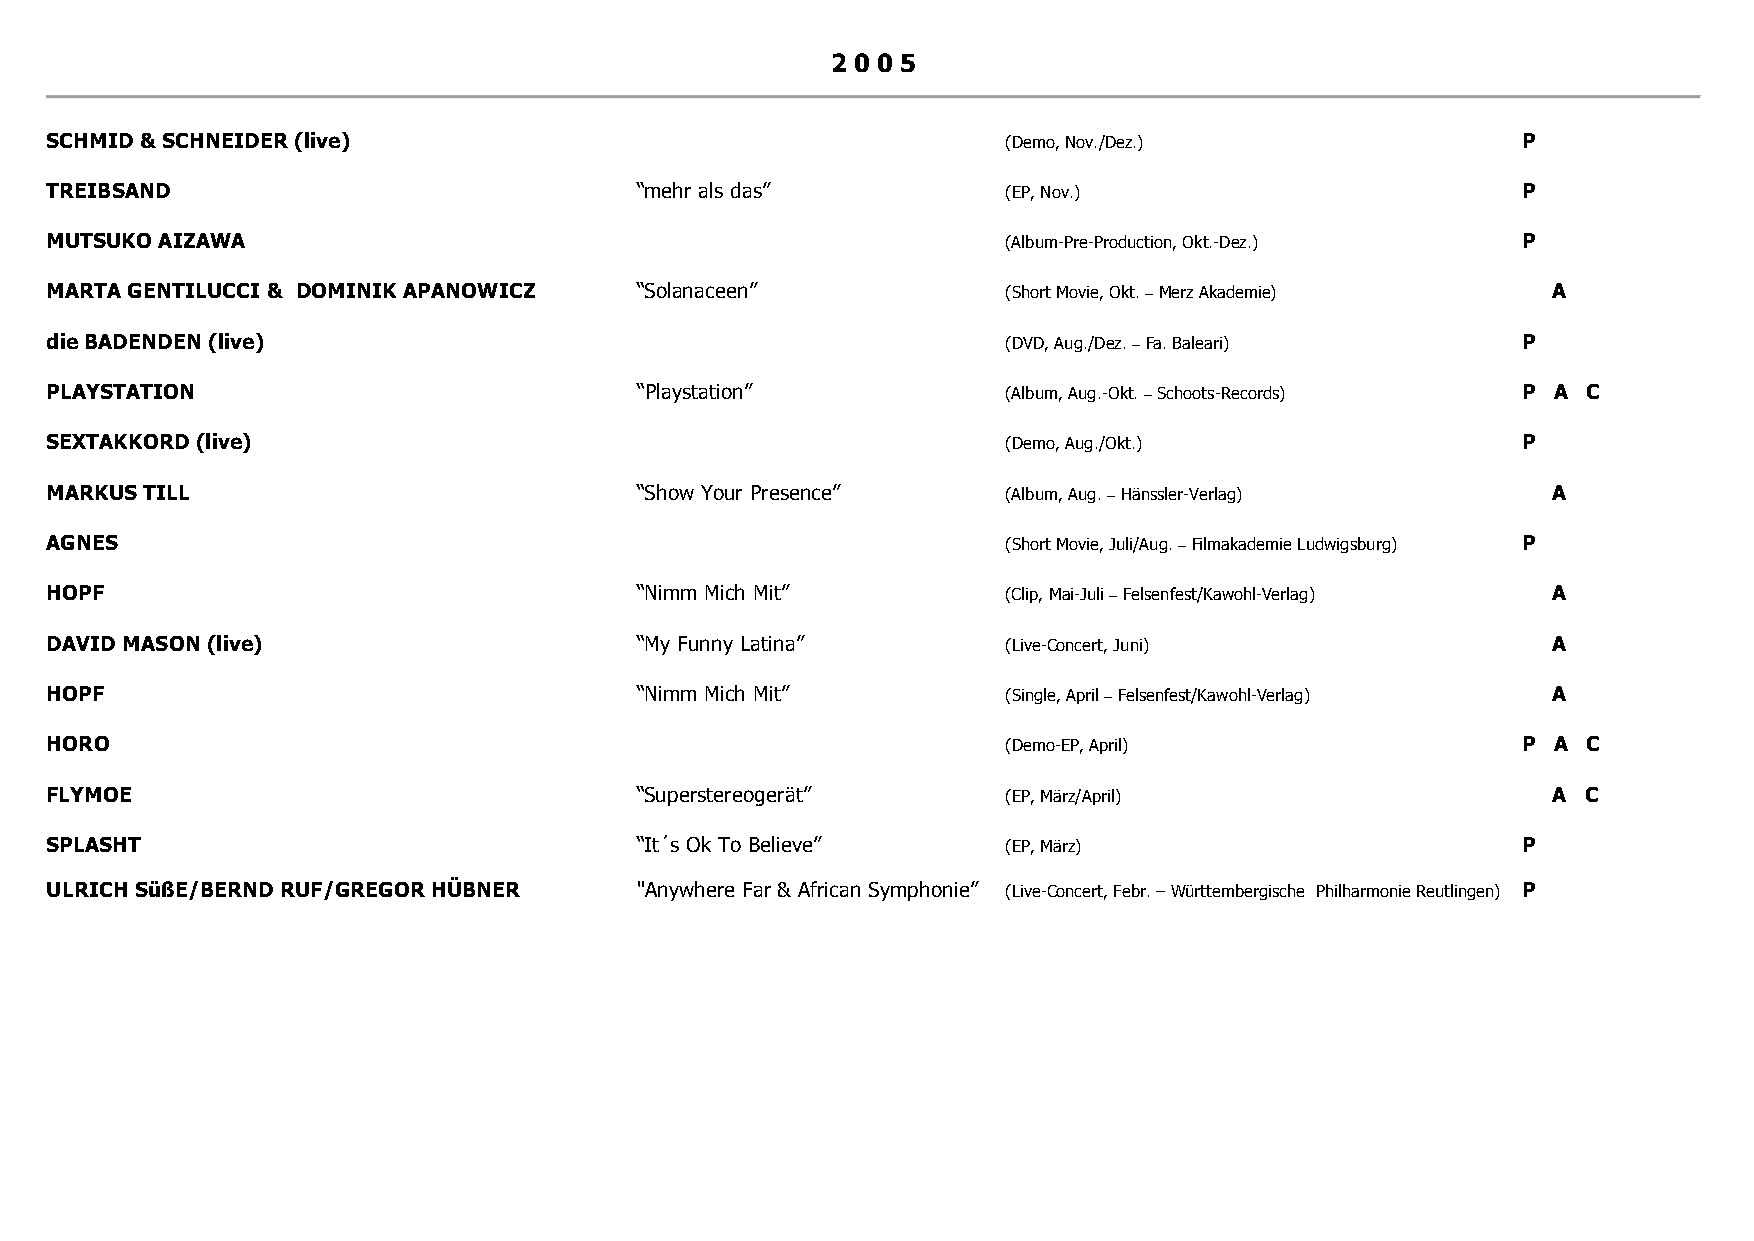
2 0 0 5
 SCHMID & SCHNEIDER (live)                                       (Demo, Nov./Dez.)                 P
 TREIBSAND                              “mehr als das”           (EP, Nov.)                        P
 MUTSUKO AIZAWA                                                  (Album-Pre-Production, Okt.-Dez.) P
 MARTA GENTILUCCI & DOMINIK APANOWICZ   “Solanaceen”             (Short Movie, Okt. – Merz Akademie) A
 die BADENDEN (live)                                             (DVD, Aug./Dez. – Fa. Baleari)    P
 PLAYSTATION                            “Playstation”            (Album, Aug.-Okt. – Schoots-Records) P A C
 SEXTAKKORD (live)                                               (Demo, Aug./Okt.)                 P
 MARKUS TILL                            “Show Your Presence”     (Album, Aug. – Hänssler-Verlag)     A
 AGNES                                                           (Short Movie, Juli/Aug. – Filmakademie Ludwigsburg) P
 HOPF                                   “Nimm Mich Mit”          (Clip, Mai-Juli – Felsenfest/Kawohl-Verlag) A
 DAVID MASON (live)                     “My Funny Latina”        (Live-Concert, Juni)                A
 HOPF                                   “Nimm Mich Mit”          (Single, April – Felsenfest/Kawohl-Verlag) A
 HORO                                                            (Demo-EP, April)                  P A C
 FLYMOE                                 “Superstereogerät”       (EP, März/April)                    A C
 SPLASHT                                “It´s Ok To Believe”     (EP, März)                        P
 ULRICH SüßE/BERND RUF/GREGOR HÜBNER    "Anywhere Far & African Symphonie” (Live-Concert, Febr. – Württembergische Philharmonie Reutlingen) P